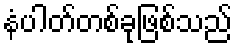
နံပါတ်တစ်ခုဖြစ်သည်